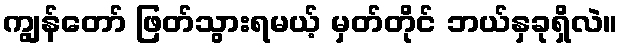
ကျွန်တော် ဖြတ်သွားရမယ့် မှတ်တိုင် ဘယ်နှခုရှိလဲ။